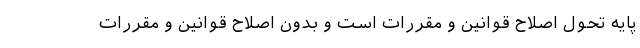
پایه تحول اصلاح قوانین و مقررات است و بدون اصلاح قوانین و مقررات